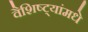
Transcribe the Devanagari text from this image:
वैशिष्ट्यांमधे